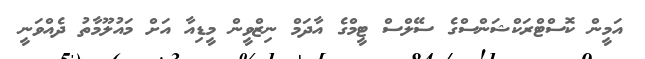
އަމީން ކޮސްޓްރަކްޝަންސްގެ ސޭލްސް ޓީމްގެ އާދަމް ނިޒްވީން މީޑިއާ އަށް މައުލޫމާތު ދެއްވަނީ